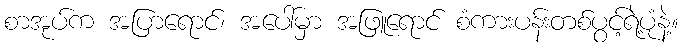
စာအုပ်က အပြာရောင်၊ အပေါ်မှာ အဖြူရောင် စံကားပန်းတစ်ပွင့်ရဲ့ပုံနဲ့။